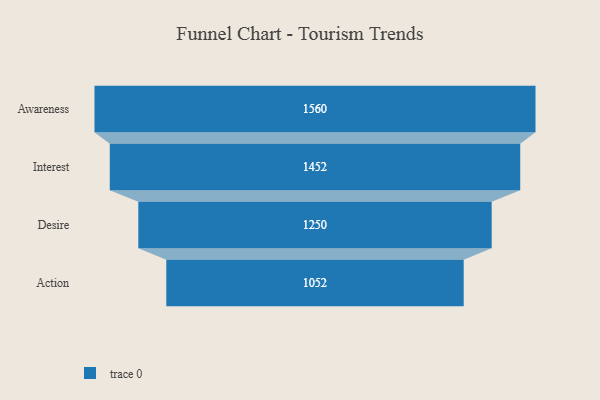
{"axis": {"x": "Stage", "y": "Value"}, "legend": [""], "data": [{"x": "Awareness", "y": 1560.0, "type": ""}, {"x": "Interest", "y": 1452.0, "type": ""}, {"x": "Desire", "y": 1250.0, "type": ""}, {"x": "Action", "y": 1052.0, "type": ""}]}